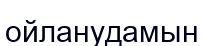
ойланудамын